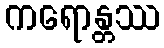
ကရောန္တဿ